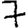
Digit: 7